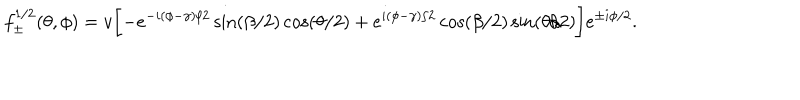
f _ { \pm } ^ { 1 / 2 } ( \theta , \phi ) = v \biggl [ - e ^ { - i ( \phi - \gamma ) / 2 } \sin ( \beta / 2 ) \cos ( \theta / 2 ) + e ^ { i ( \phi - \gamma ) / 2 } \cos ( \beta / 2 ) \sin ( \theta / 2 ) \biggr ] e ^ { \pm i \phi / 2 } .